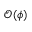
\mathcal { O } ( \phi )